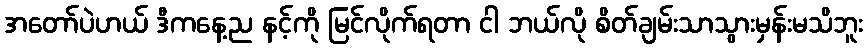
အတော်ပဲဟယ် ဒီကနေ့ည နင့်ကို မြင်လိုက်ရတာ ငါ ဘယ်လို စိတ်ချမ်းသာသွားမှန်းမသိဘူး